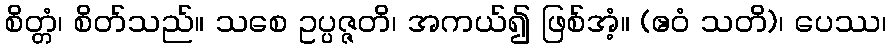
စိတ္တံ၊ စိတ်သည်။ သစေ ဥပ္ပဇ္ဇတိ၊ အကယ်၍ ဖြစ်အံ့။ (ဧဝံ သတိ)၊ ပေဿ၊